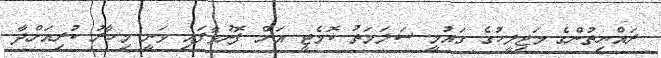
ރައްޔިތުންގެ މަޖިލީހުގެ ގައުމީ ސަލަމަތު ކޮމެޓީ އަށް ފޮނުވާފައި ވަނީ މިހާރު ކުރިއަށްދާ